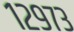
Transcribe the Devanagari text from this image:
१२९७३